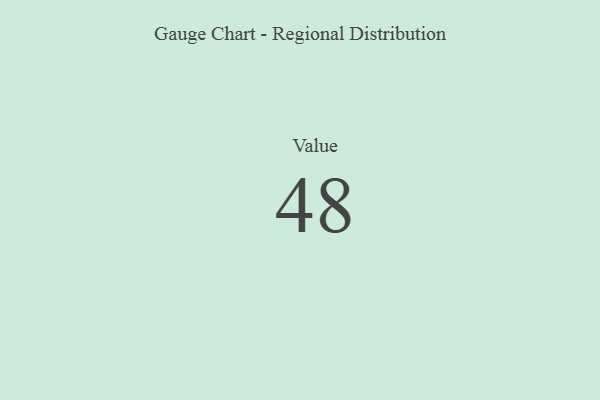
{"axis": {"x": "Metric", "y": "Value"}, "legend": [""], "data": [{"x": "Value", "y": 48, "type": ""}]}